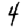
Digit: 4